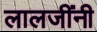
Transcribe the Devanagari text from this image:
लालजींनी